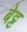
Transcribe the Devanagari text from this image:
बेट्ट